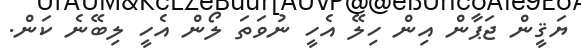
ޔަޤީން ޖަޕާން އިން ހިލޭ އެހީ ނުވަތަ ލޯން އެހީ ލިބޭނެ ކަން.